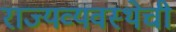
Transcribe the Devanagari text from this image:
राज्यव्यवस्थेची